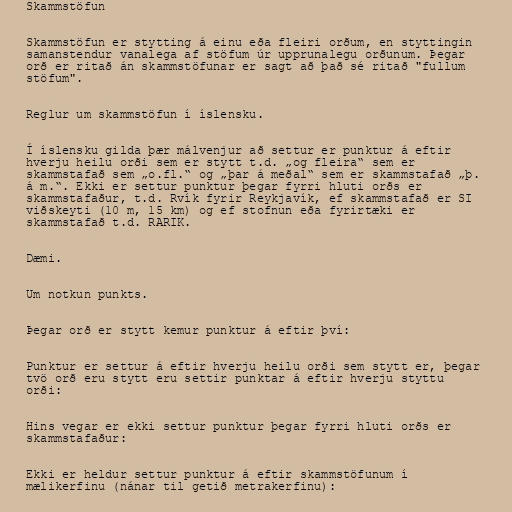
Skammstöfun

Skammstöfun er stytting á einu eða fleiri orðum, en styttingin
samanstendur vanalega af stöfum úr upprunalegu orðunum. Þegar
orð er ritað án skammstöfunar er sagt að það sé ritað "fullum
stöfum".

Reglur um skammstöfun í íslensku.

Í íslensku gilda þær málvenjur að settur er punktur á eftir
hverju heilu orði sem er stytt t.d. „og fleira“ sem er
skammstafað sem „o.fl.“ og „þar á meðal“ sem er skammstafað „þ.
á m.“. Ekki er settur punktur þegar fyrri hluti orðs er
skammstafaður, t.d. Rvík fyrir Reykjavík, ef skammstafað er SI
viðskeyti (10 m, 15 km) og ef stofnun eða fyrirtæki er
skammstafað t.d. RARIK.

Dæmi.

Um notkun punkts.

Þegar orð er stytt kemur punktur á eftir því:

Punktur er settur á eftir hverju heilu orði sem stytt er, þegar
tvö orð eru stytt eru settir punktar á eftir hverju styttu
orði:

Hins vegar er ekki settur punktur þegar fyrri hluti orðs er
skammstafaður:

Ekki er heldur settur punktur á eftir skammstöfunum í
mælikerfinu (nánar til getið metrakerfinu):